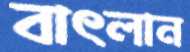
বাৎলান